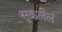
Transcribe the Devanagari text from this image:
सुकलेलं